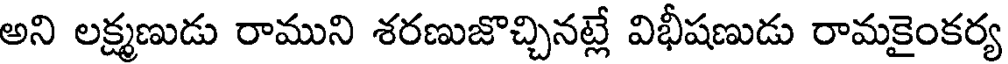
అని లక్ష్మణుడు రాముని శరణుజొచ్చినట్లే విభీషణుడు రామకైంకర్య